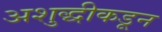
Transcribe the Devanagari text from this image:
अशुद्धीकडून